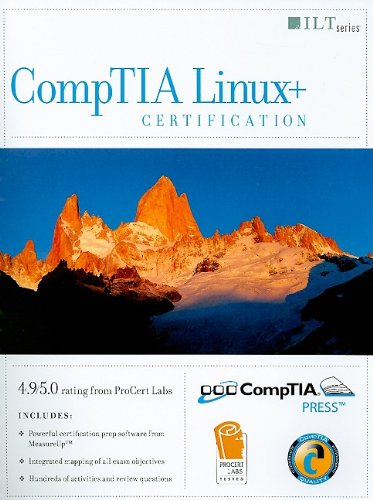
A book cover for CompTIA Linux+ Certification 2004 Objectives Student Manual [With 3 CDROMs] (ILT); Computers & Technology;